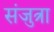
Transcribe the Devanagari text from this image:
संजुत्रा